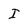
Character: I